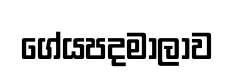
ගේයපදමාලාව